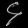
Digit: ၄